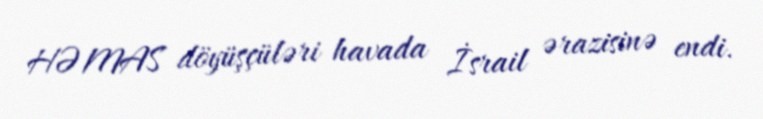
HƏMAS döyüşçüləri havada İsrail ərazisinə endi.